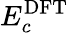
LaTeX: E_{c}^{\textrm{DFT}}